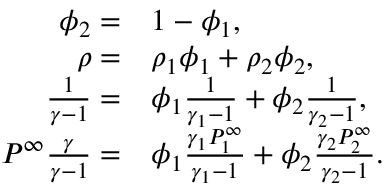
\begin{array} { r l } { \phi _ { 2 } = } & { { } 1 - \phi _ { 1 } , } \\ { \rho = } & { { } \rho _ { 1 } \phi _ { 1 } + \rho _ { 2 } \phi _ { 2 } , } \\ { \frac { 1 } { \gamma - 1 } = } & { { } \phi _ { 1 } \frac { 1 } { \gamma _ { 1 } - 1 } + \phi _ { 2 } \frac { 1 } { \gamma _ { 2 } - 1 } , } \\ { P ^ { \infty } \frac { \gamma } { \gamma - 1 } = } & { { } \phi _ { 1 } \frac { \gamma _ { 1 } P _ { 1 } ^ { \infty } } { \gamma _ { 1 } - 1 } + \phi _ { 2 } \frac { \gamma _ { 2 } P _ { 2 } ^ { \infty } } { \gamma _ { 2 } - 1 } . } \end{array}